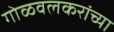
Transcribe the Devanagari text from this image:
गोळवलकरांच्या